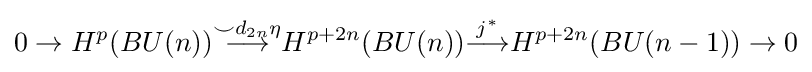
0\to H^{p}(BU(n)){\overset {\smile d_{2n}\eta }{\longrightarrow }}H^{p+2n}(BU(n)){\overset {j^{*}}{\longrightarrow }}H^{p+2n}(BU(n-1))\to 0